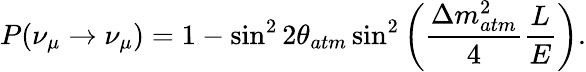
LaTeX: P(\nu_{\mu}\rightarrow\nu_{\mu})=1-\sin^{2}{2\theta_{atm}}\sin^{2}\left(\frac{\Delta m_{atm}^{2}}{4}\frac{L}{E}\right).